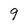
Character: q